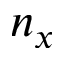
n _ { x }